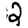
Digit: 2